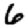
Digit: 6